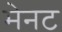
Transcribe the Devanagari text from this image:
मेनट